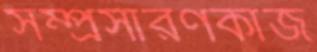
সম্প্রসারণকাজ